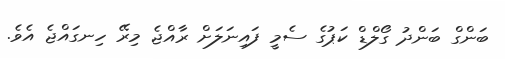
ބަންގް ބަންދު ގޯލްޑް ކަޕުގެ ސެމީ ފައިނަލަށް ރާއްޖެ މިރޭ ހިނގައްޖެ އެވެ.